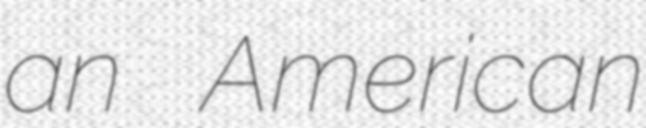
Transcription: an American